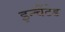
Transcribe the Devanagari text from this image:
इन्चैंटेड